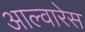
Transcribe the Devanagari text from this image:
आल्वारेस